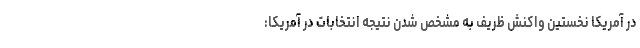
در آمریکا نخستین واکنش ظریف به مشخص شدن نتیجه انتخابات در آمریکا: